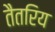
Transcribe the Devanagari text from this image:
तैतरिय